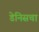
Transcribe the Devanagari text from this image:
डेनिसचा